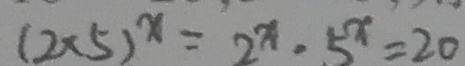
( 2 \times 5 ) ^ { x } = 2 ^ { x } \cdot 5 ^ { x } = 2 0